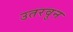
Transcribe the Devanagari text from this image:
उतरवुन